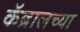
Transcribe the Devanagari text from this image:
कॅब्रालच्या